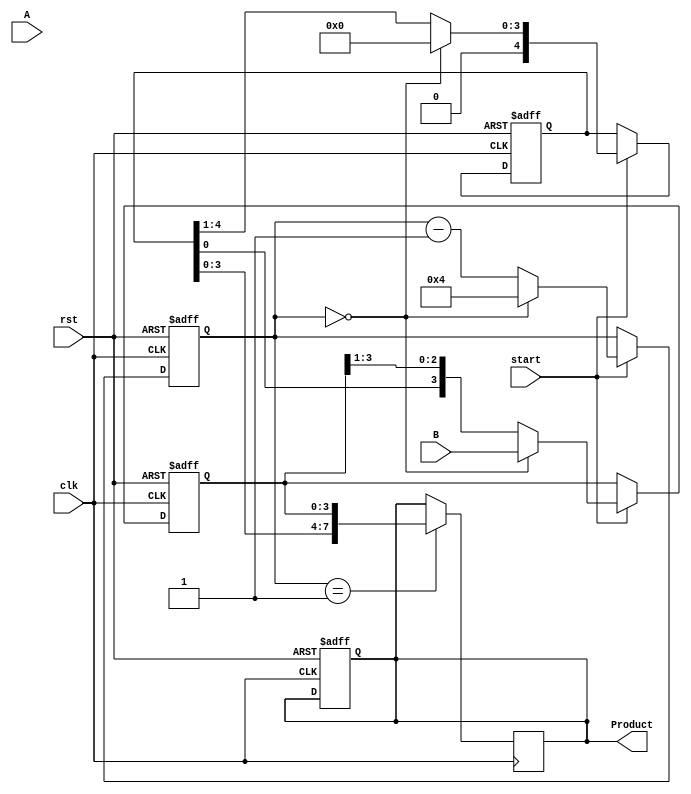
module booth_multiplier #(
    parameter N = 4 // Number of bits
)(
    input wire [N-1:0] A,     // Multiplicand
    input wire [N-1:0] B,     // Multiplier
    input wire start,          // Control signal to start multiplication
    input wire clk,            // Clock signal
    input wire rst,            // Reset signal
    output reg [2*N-1:0] Product // Output product
);

reg [N-1:0] M;                // Multiplicand register
reg [N-1:0] Q;                // Multiplier register
reg [N:0] Q_1;                // Previous bit register (n+1 bits)
reg [N:0] A_reg;              // Accumulator (n+1 bits)
reg [3:0] count;              // Counter for iterations

// State Machine for Booth's algorithm
always @(posedge clk or posedge rst) begin
    if (rst) begin
        Product <= 0;
        A_reg <= 0;
        Q <= 0;
        M <= 0;
        Q_1 <= 0;
        count <= 0;
    end else if (start) begin
        if (count == 0) begin
            // Initialization
            M <= A;
            Q <= B;
            A_reg <= 0;
            Q_1 <= 0;
            count <= N; // Set the counter to the bit width
        end else begin
            // Booth's algorithm steps
            case ({Q[0], Q_1})
                2'b01: A_reg <= A_reg + {1'b0, M}; // A_reg = A_reg + M
                2'b10: A_reg <= A_reg - {1'b0, M}; // A_reg = A_reg - M
                default: ; // Do nothing
            endcase

            // Arithmetic right shift operation
            {A_reg, Q} <= {A_reg, Q} >> 1;
            Q_1 <= Q[0]; // Update Q-1 with the current Q[0]

            count <= count - 1; // Decrement the counter
        end
    end
end

// Assigning product to the output after all iterations
always @(posedge clk) begin
    if (count == 1) begin
        Product <= {A_reg, Q}; // Combine A_reg and Q to produce the final product
    end
end

endmodule